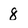
Character: 8